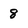
Character: 8